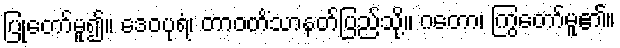
ပြုတော်မူ၍။ ဒေဝပုရံ၊ တာဝတိံသာနတ်ပြည်သို့။ ဂတော၊ ကြွတော်မူ၏။